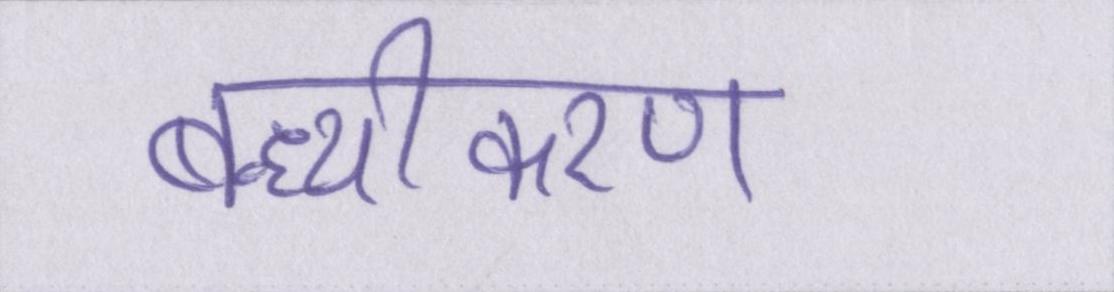
बन्ध्यीकरण